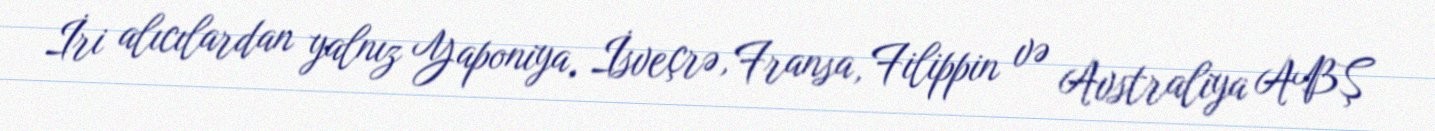
İri alıcılardan yalnız Yaponiya, İsveçrə, Fransa, Filippin və Avstraliya ABŞ